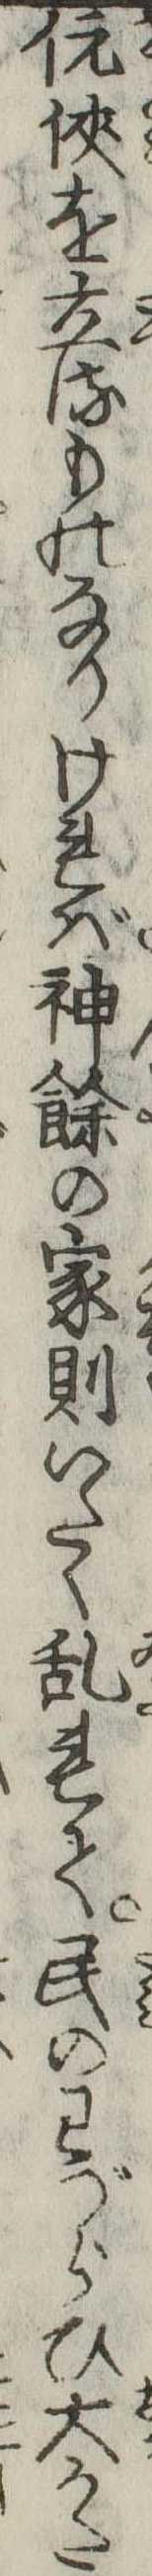
伉侠を立るものなりければ神余の家則いたく乱れて民のわづらひ大かた